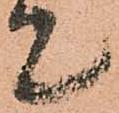
て